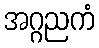
အဂ္ဂညကံ